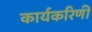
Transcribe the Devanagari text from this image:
कार्यकरिणी